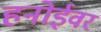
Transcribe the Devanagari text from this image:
हनोईवर